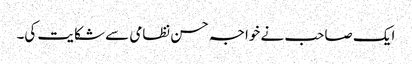
ایک صاحب نے خواجہ حسن نظامی سے شکایت کی۔